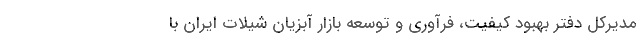
مدیرکل دفتر بهبود کیفیت، فرآوری و توسعه بازار آبزیان شیلات ایران با